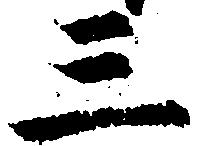
三